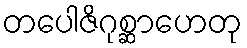
တပေါဇိဂုစ္ဆာဟေတု